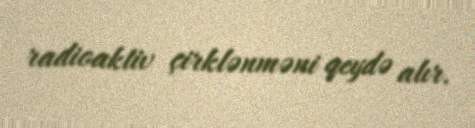
radioaktiv çirklənməni qeydə alır.